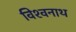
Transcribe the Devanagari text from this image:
विश्‍वनाथ्‍ा